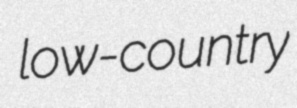
low-country